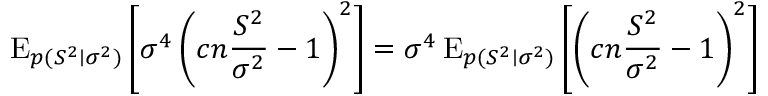
\operatorname { E } _ { p ( S ^ { 2 } \mid \sigma ^ { 2 } ) } \left[ \sigma ^ { 4 } \left( c n { \frac { S ^ { 2 } } { \sigma ^ { 2 } } } - 1 \right) ^ { 2 } \right] = \sigma ^ { 4 } \operatorname { E } _ { p ( S ^ { 2 } \mid \sigma ^ { 2 } ) } \left[ \left( c n { \frac { S ^ { 2 } } { \sigma ^ { 2 } } } - 1 \right) ^ { 2 } \right]